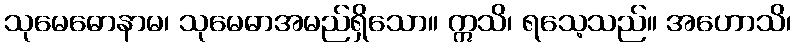
သုမေဓောနာမ၊ သုမေဓာအမည်ရှိသော။ ဣသိ၊ ရသေ့သည်။ အဟောသိ၊